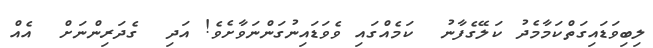
ލިބިވަޑައިގަތްކަމާމެދު ކަލޭގެފާނު  ކަމެއްގައި ވެވަޑައިނުގަންނަވާށެވެ! އަދި  ގެދަރިންނަށް  އެއް